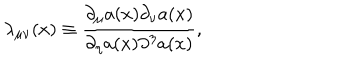
{ \lambda } _ { { \mu } { \nu } } ( x ) \equiv \frac { { \partial } _ { \mu } a ( x ) { \partial } _ { \nu } a ( x ) } { { \partial } _ { \eta } a ( x ) { \partial } ^ { \eta } a ( x ) } ,